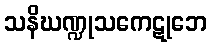
သနိဃဏ္ဍုသကေဋုဘေ